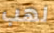
لهب